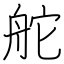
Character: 舵